Annual report on the health of the army in India
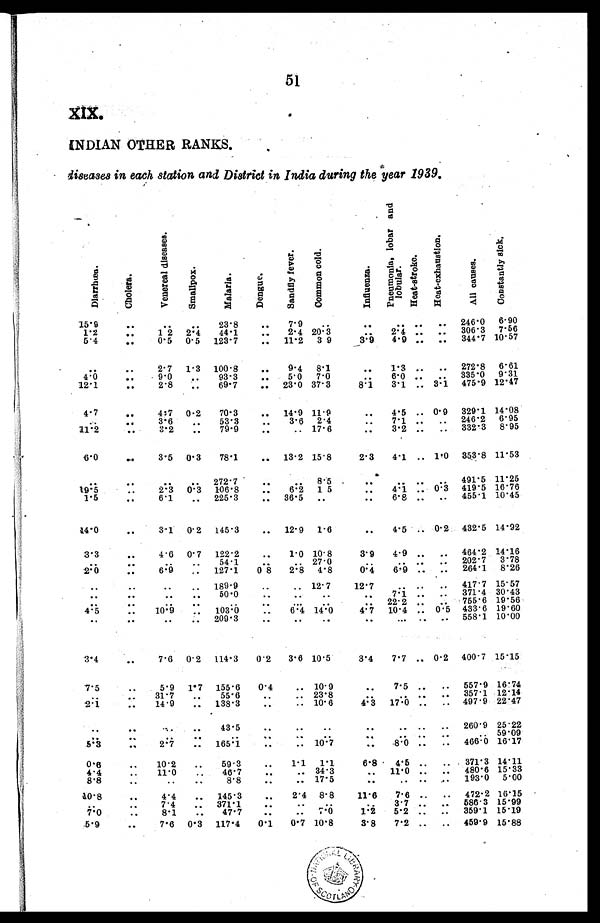
51
XIX.
INDIAN OTHER RANKS.
diseases in each station and District in India during the year 1939.
D i a r r h æ a .
C h o l e r a .
V e n e r e a l d i s e a s e s
S m a l l p o x
M a l a r i a .
D e n g u e .
S a n d f l y f e v e r C o m m o n c o l d .
I n f l u e n z a .
P n e u m o n f a , l o b a r a n d l o b u l a r .
He a t - s t r o k e .
H e a t - e x h a u s t i o n .
A l l c a u s e s
C o n s t a n t l y s i c k .
15.9
..
. . ..
23.8
..
7.9
..
. .
. . ..
.. 246.0 6.90
1.2
. .
12 2.4 44.1
. . 2.4 20.3
..
2 . 4 .. .. 306.3 7.56
5.4
..
0.5 0. 5 123.7
.. 11.2 3 9
3 . 9 4.9
. . 344.7 10.57
. .
. .
2.7 1.3 100.8
..
9.4 8.1
..
1 . 3 ..
.. 272.8 6.61
4.0
..
9.0
. . 93.3
..
5.0 7.0
. . 6.0
.. .. 335.0 9.31
12.1
..
2.8
..
69.7
.. 23.0 37.3
8 . 1
3.1
..
3 . 1 475.9 12.47
4 . 7
..
4.7 0 . 2 70.3
.. 14 . 9 11.9
..
4.5 .. 0.9 329.1 14.08
. .
..
3.6
..
53.3
. . 3.6 2.4
..
7.1 .. ..
246.2 6.95
11.2
..
3.2
..
79.9
..
.. 17.6
..
3.2 .. .. 332.3 8.95
6.0
..
3.5 0 . 3 78.1
.. 13.2 15.8
2.3 4.1 .. 1.0 353.8 11.53
. .
. .
. .
. . 272.7
. .
.. 8.5.
..
. . ..
. . 491.5 11.25
19.5
..
2.3 0.3 106.8
..
6.2 1 5
..
4.1 .. 0.3 419.5 16.76
1.5
. . 6.1
. . 225.3
.. 36.5 ..
..
6.8 ..
. . 455.1 10.45
14.0
..
3.1 0.2 145.3
.. 12. 9 1.6
..
4.5 .. 0.2 432.5 14.92
3.3
..
4.6 0.7 122.2
..
1.0 10.8
3.9 4.9
.. ..
464.2 14.16
. .
. .
. .
..
54.1
..
.. 27.0
. .
.. .. .. 202.7 3.78
2.0
..
6.9
. . 127.1
0 8 2.8 4.8
0.4 6.9 .. .. 264.1 8.26
. .
. .
. .
.. 189.9
..
.. 12.7
12.7
. . ..
. . 417.7 15.57
. .
..
..
..
50.0
..
..
..
..
7.1 .. .. 371.4 30.43
. .
..
. .
. .
. .
. .
..
. .
.. 22.2 ..
. . 755.6 19.56
4 . 5
..
10.9
. . 103.0
..
6.4 14.0
4.7 10.4 .. 0.5 433.6 19.60
. .
. .
.. .. 209.3
..
..
..
..
... .. .. 558.1 10.00
3.4
..
7.6 0.2 114.3 0.2 3.6 10.5
3.4 7.7 .. 0.2 400.7 15.15
7 . 5
..
5.9 1.7 155.6 0.4
.. 10.9
. . 7.5
.. ..
557.9 16.74
. .
. .
31.7
..
55.6
..
.. 23.8
. .
. .
. . . . . . . . . . . . . . . . . . . . . . . . . . .
. . 357.1 12.14
2 . 1
..
14.9
.. 138.3
..
.. 10.6
4. 3 17.0 .. .. 497.9 22.47
..
..
. .
..
43.5
..
..
..
..
. .
..
.. 260.9 25.22
. .
..
. .
. .
. .
. .
. . . .
. .
. .
..
..
.. 59.09
5 . 3
..
2.7
.. 165.1
..
.. 10.7
..
8.0 ..
. . 466.0 16.17
0.6
..
10.2
..
59.3
..
1.1 1.1
6.8 4.5 ..
. . 371.3 14.11
4.4
..
11.0
. . 46.7
..
.. 34.3
. . 11.0 .. .. 480.6 15.33
8.8
. .
. .
. .
. .
. .
. .
17.5
..
. .
..
.. 193.0 5.00
10.8
. .
4.4
.. 145.3
..
2.4 8.8
11.6 7.6 .. .. 472 . 2 16.15
. .
. .
7.4
.. 371.1
..
..
. .
..
3.7 .. .. 586.3 15.99
7 . 0
..
8.1
..
47.7
..
.. 7.0
1.2 5.2 .. .. 359.1 15.19
5.9
..
7.6 0.3 117.4 0.1 0.7 10.8
3.8 7.2 .. .. 459.9 15.88